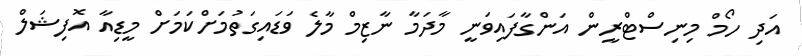
އަދި ހޯމް މިނިސްޓްރީން އަންގާފައިވަނީ މާދަމާ ނާޒިމް މާލެ ވަޑައިގަތުމަށްކަމަށް މީޑިއާ އޮފިޝަލް